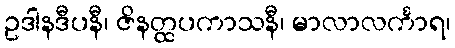
ဥဒါနဒီပနီ၊ ဇိနတ္ထပကာသနီ၊ မာလာလင်္ကာရ၊